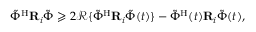
\begin{array} { r } { { { \tilde { { \Phi } } } } ^ { \mathrm H } { \mathbf { R } } _ { i } { { \tilde { { \Phi } } } } \geqslant 2 { \mathcal { R } } \{ { { \tilde { { \Phi } } } } ^ { \mathrm H } { \mathbf { R } } _ { i } { { \tilde { { \Phi } } } } ( t ) \} - { { \tilde { { \Phi } } } } ^ { \mathrm H } ( t ) { \mathbf { R } } _ { i } { { \tilde { { \Phi } } } } ( t ) , } \end{array}